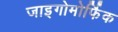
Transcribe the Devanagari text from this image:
जाइगोमोर्फिक